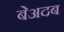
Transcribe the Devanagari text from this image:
बेअदब